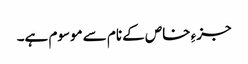
جزءِ خاص کے نام سے موسوم ہے۔